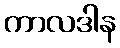
ကာလဒါန